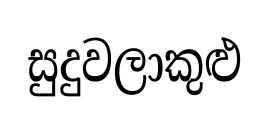
සුදුවලාකුළු